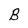
Character: B